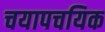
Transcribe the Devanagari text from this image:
चयापचयिक